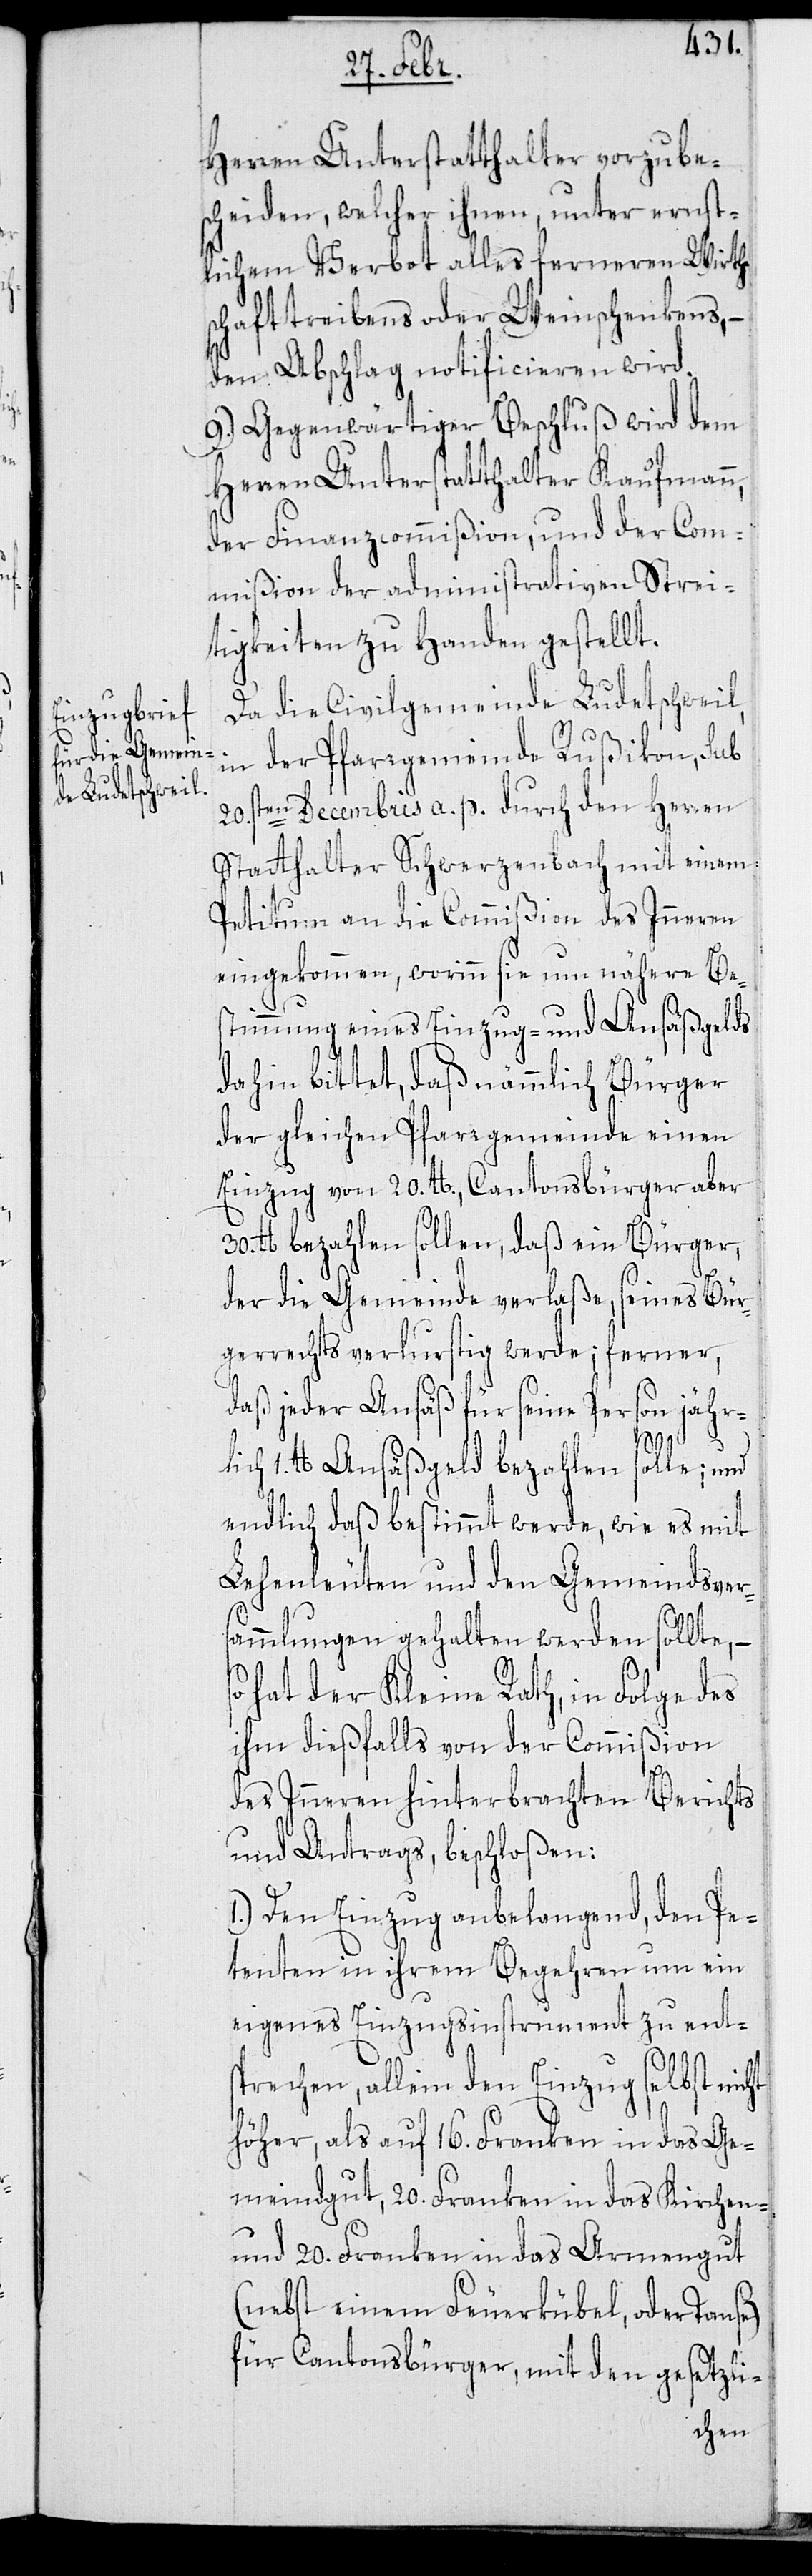
Herren Unterstatthalter vorzube¬
scheiden, welcher ihnen, unter ernst¬
lichem Verbot alles ferneren Wirth¬
schafttreibens oder Weinschenkens, –
den Abschlag notificieren wird.
9.) Gegenwärtiger Beschluß wird dem
Herren Unterstatthalter Kaufmann,
der Finanzcommißion, und der Com¬
mißion der administrativen Strei¬
tigkeiten zu Handen gestellt.
Da die Civilgemeinde Ludetschweil,
in der Pfarrgemeinde Rußikon, sub
20sten Decembris a. p. durch den Herren
Statthalter Schwerzenbach mit einem
Petitum an die Commißion des Inneren
eingekommen, worinn sie um nähere Be¬
stimmung eines Einzugs- und Ansäßgelds
dahin bittet, daß nämmlich Bürger
der gleichen Pfarrgemeinde einen
Einzug von 20. lb., Cantonsbürger aber
30. lb. bezahlen sollen, daß ein Bürger,
der die Gemeinde verlaße, seines Bür¬
gerrechts verlustig werde; ferner,
daß jeder Ansäß für seine Person jährl¬
ich 1. lb. Ansäßgeld bezahlen solle; und
endlich daß bestimmt werde, wie es mit
Lehenleuten und den Gemeindsver¬
sammlungen gehalten werden sollte, –
so hat der Kleine Rath, in Folge des
ihm dießfalls von der Commißion
des Inneren hinterbrachten Berichts
und Antrags beschloßen:
1.) Den Einzug anbelangend, den Pe¬
tenten in ihrem Begehren um ein
eigenes Einzugsinstrument zu ent¬
sprechen, allein den Einzug selbst nicht
höher, als auf 16. Franken in das Ge¬
meindgut, 20. Franken in das Kirchen-
und 20. Franken in das Armengut
(nebst einem Feuerkübel oder Tause)
für Cantonsbürger; mit den gesetzli-